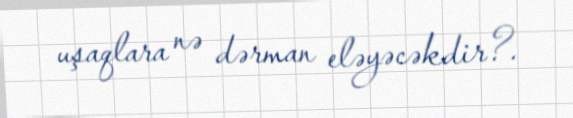
uşaqlara nə dərman eləyəcəkdir?.